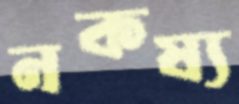
নকষ্য